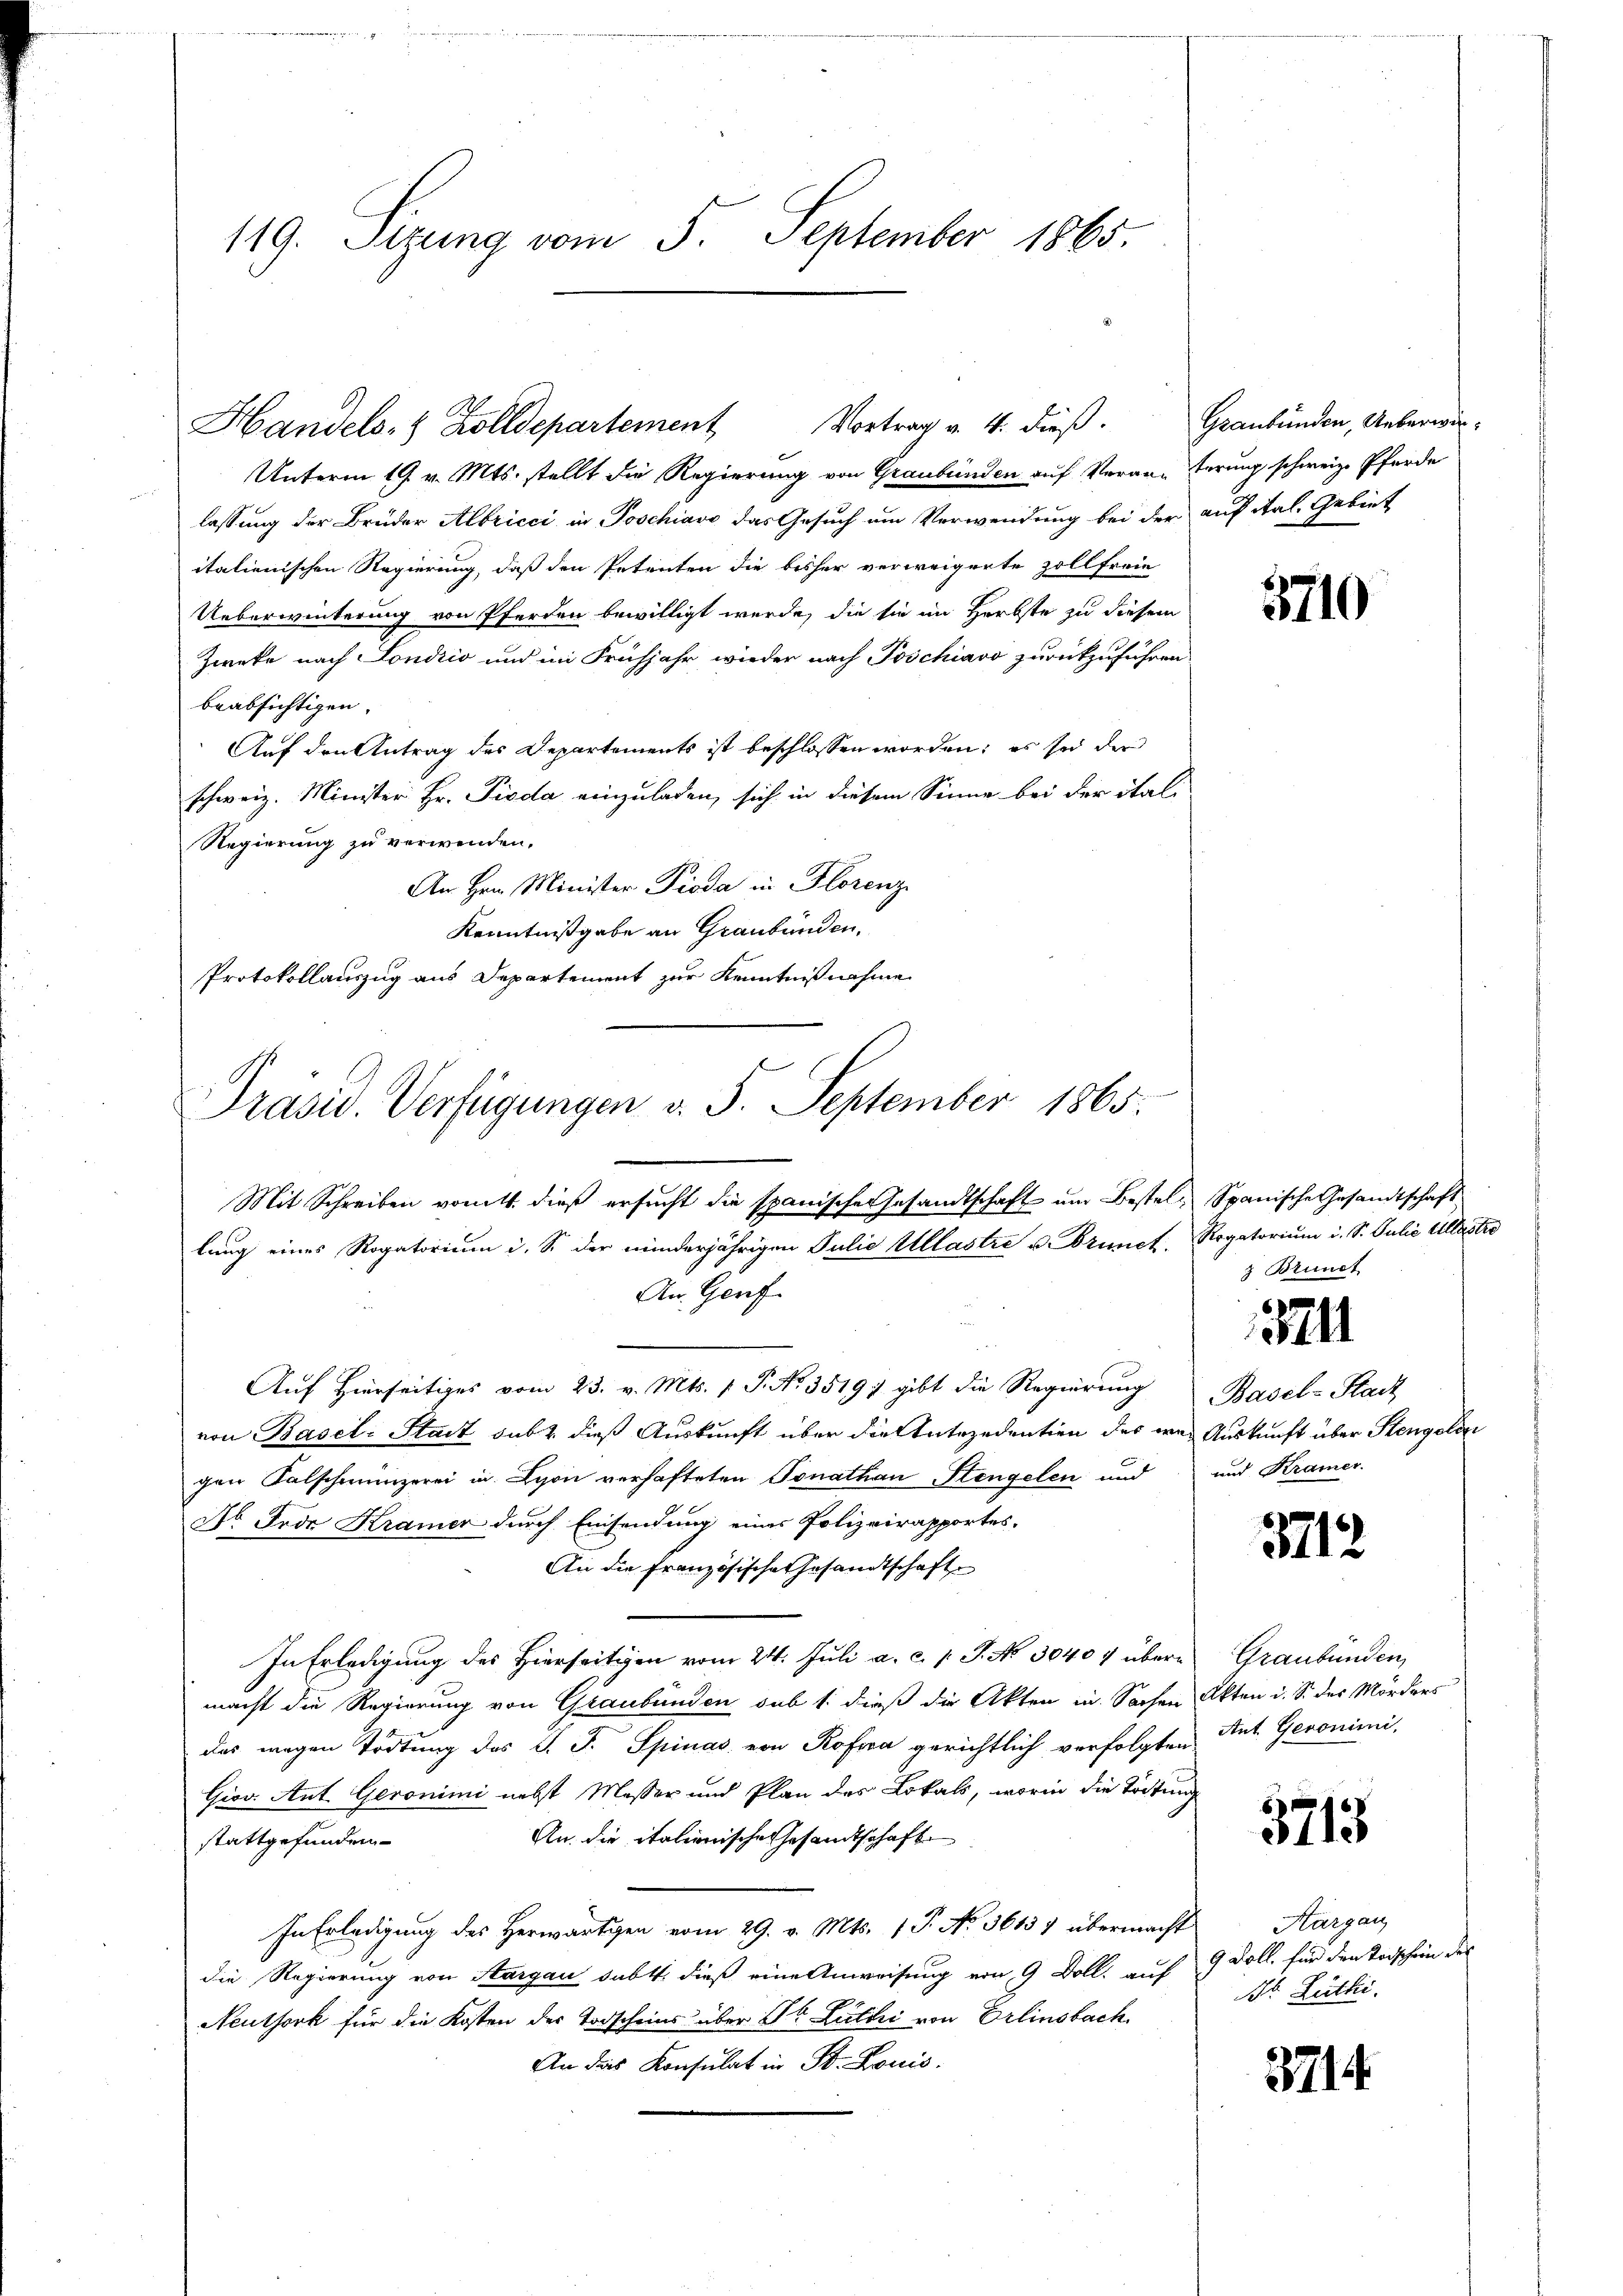
119. Sizung vom 5. September 1865.

Vortrag v. 4. dieß.
Handels- & Zolldepartement

Unterm 19. v. Mts. stellt die Regierung von Graubünden auf Veran-Errung schweiz. Pferde
lassung der Brüder Albricci in Poschiavo das Gesuch um Verwendung bei der auf ital. Gebiet
italienischen Regierung, daß den Petenten die bisher verweigerte Zollfreie
Ueberwinterung von Pferden bewilligt werde, die sie im Herbste zu diesem
Zweke nach Londrio und im Frühjahr wieder nach Poschiavo zurückzuführen
beabsichtigen.
Auf den Antrag des Departements ist beschlossen worden; es sich der
schweiz. Minister Hr. Pioda einzuladen, sich in diesem Sinne bei der ital-
Regierung zu verwenden.
An Hrn. Minister Pioda in Florenz
Kenntnißgabe an Graubünden.
Protokollauszug aus Departement zur Kenntnißnahme
lung eines Rogatorium i. S. der minderjährigen Julie Ullastre u. Brunct Rogatorium i. S. Julie allaster
An Genf
Aŭf Hierseitiges vom 23. v. Mts. 1 P. Nr. 35191 gibt die Regierŭng Basel-Stadt
von Basel-Stadt subt dieß Auskunft über die Antezedentien des was Auskunft über Stengelin
gen Kalschmünzerei in Lyon verhafteten Tonathan Stengelen und und Kramer.
Dr. Jede Kramer durch Einsendung eines Polizeirapportes.
An die Französische Gesandtschafte
In Erledigung des Hierseitigen vom 24. Juli a. c. v. J. No 30404 übermacht die Regierung von Graubünden sub 1. dieß die Akten in Sachen Akten i. S. des Mörders
das wegen Tödtung des J. J. Spinas von Rofia gerichtlich verfolgten Ant. Geronimi-
Grov. Ant. Geronimi nebst Messer und Plan des Lokals, worin die Tödtung
An die italienische Gesandtschaft
stattgefunden.
In Erledigung des Herwärtigen vom 29. v. Mts. 1 P. No. 36137 übermacht
die Regierung von Aargau dabtt. dieß eine Anweisung von 9 Doll, auf 9 Doll, für den Todschen des
Neuthork für die Kosten der Todscheins über St. Lutti von Erlinsbach
An das Konsulat in St. Louis.

Präsid. Verfügungen v. 5. September 1865.
Mit Schreiben vom 1. dieß ersucht die spanische Gesandtschaft und Bestel- Spanische Gesandtschaft

Graubünden, Ueberwir¬

3710

z Brunct

51

3712

Graubünden

3713

Hargau
Dr. Lüthi

3714.